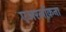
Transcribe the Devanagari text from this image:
एअरलॉकना